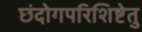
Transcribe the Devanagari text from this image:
छंदोगपरिशिष्टेतु